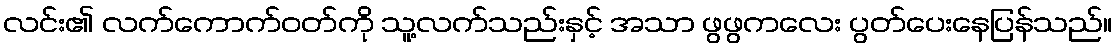
လင်း၏ လက်ကောက်ဝတ်ကို သူ့လက်သည်းနှင့် အသာ ဖွဖွကလေး ပွတ်ပေးနေပြန်သည်။